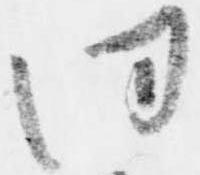
同